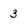
Character: 3